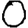
Digit: 0